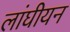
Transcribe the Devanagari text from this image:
लांघीयन